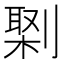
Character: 𠟕